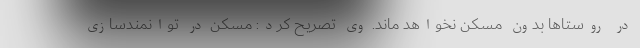
در روستاها بدون مسکن نخواهد ماند. وی تصریح کرد: مسکن در توانمندسازی